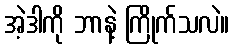
အဲ့ဒါကို ဘာနဲ့ ကြိုက်သလဲ။